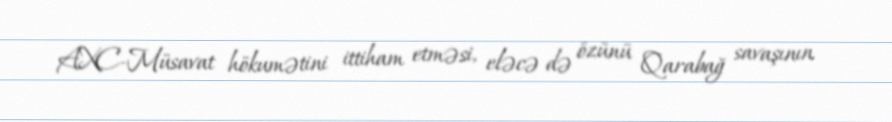
AXC-Müsavat hökumətini ittiham etməsi, eləcə də özünü Qarabağ savaşının